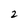
Character: 2